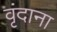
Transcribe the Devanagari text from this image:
वृंदाना